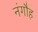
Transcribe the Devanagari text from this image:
नंगौह